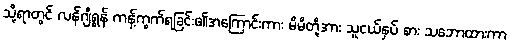
သို့ရာတွင် လန်ဂျီရွန် ကန့်ကွက်ရခြင်း၏အကြောင်းကား မိမိတို့အား သူငယ်နှပ် စား သဘောထားကာ